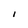
Character: I